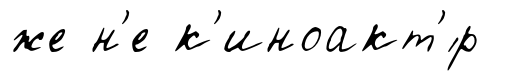
же н'е к'иноакт'́р